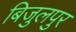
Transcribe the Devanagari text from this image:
बिजुलपुर